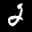
Label: 2